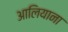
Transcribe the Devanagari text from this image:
आलियाना